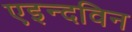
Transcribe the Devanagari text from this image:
एइन्दविन